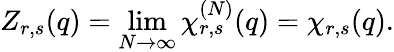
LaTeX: Z_{r,s}(q)=\operatorname*{lim}_{N\to\infty}\chi_{r,s}^{(N)}(q)=\chi_{r,s}(q).